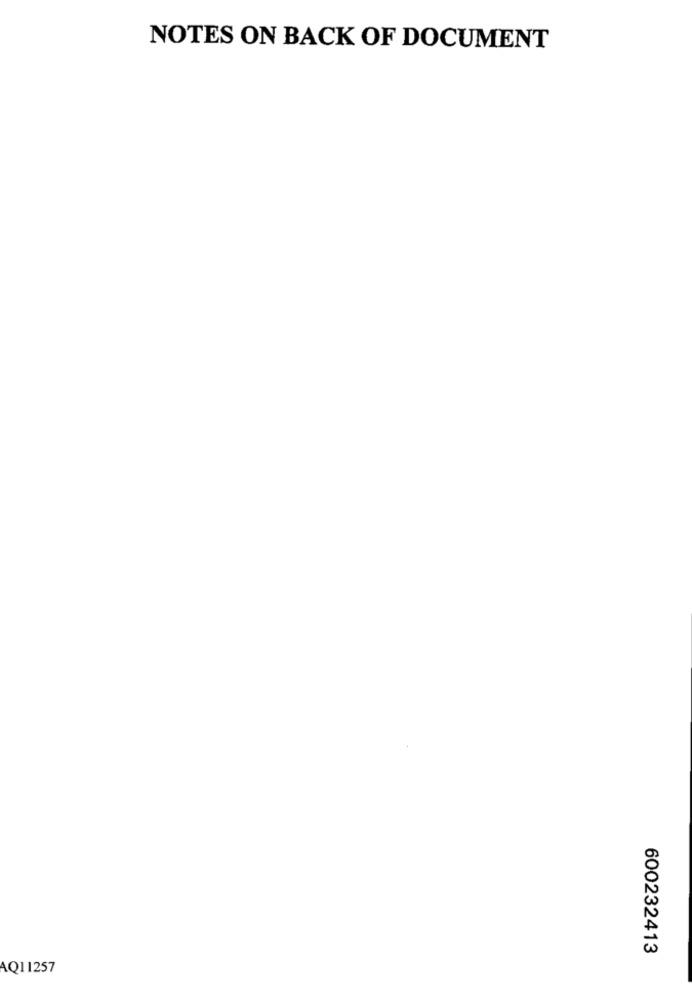
NOTES ON BACK OF DOCUMENT
600232413
AQ11257